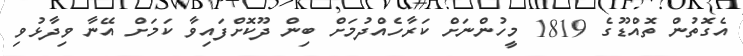
އެގޮތުން ތޮއްޑޫގެ 1819 މީހުންނަށް ކަރާހެއްދުމަށް ބިން ދޫކޮށްފައިވާ ކަމަށް އޭނާ ވިދާޅުވި